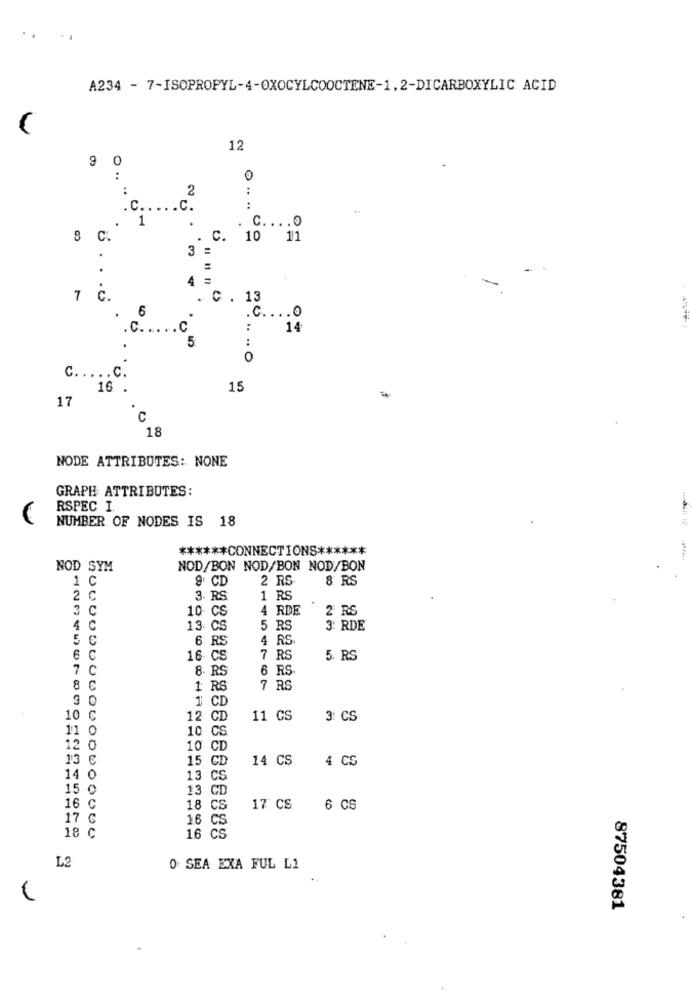
A234 - 7-ISOPROPYL-4-OXOCYLCOOCTENE-1,2-DICARBOXYLIC ACID
12
9 0
0
:
2
..
C. . . . .
.0
.C .... 0
.C.
C
:
14
5
:
.
0
c. . . ..
16 .
15
17
18
NODE ATTRIBUTES: NONE
GRAPH ATTRIBUTES:
RSPEC I.
NUMBER OF NODES IS 18
****** CONNECTIONS ******
NOD SYM
NOD/BON NOD/BON NOD/BON
C
9 CD
2 RS
8 RS
2 C
3. RS
1 RS
3 C
10 CS
4 RDE
2 RS
4 C
13. CS
5 RS
3: RDE
5 C
6 RS
4 RS
6C
16- CS
7 RS
5. RS
7 C
8. RS
6 RS
C
1 RS
7 RS
9 0
1 CD
10 €
12 CD
11 CS
3: CS
11 0
10 CS
12 0
10 CD
13
15 CD
14 CS
4 CS
14 0
13 CS
15 0
13 CD
16 C
18 CS
17 CS
6 CS
17 C
16 CS
16 CS
18 C
L2
O SEA EXA FUL L1
(
87504381